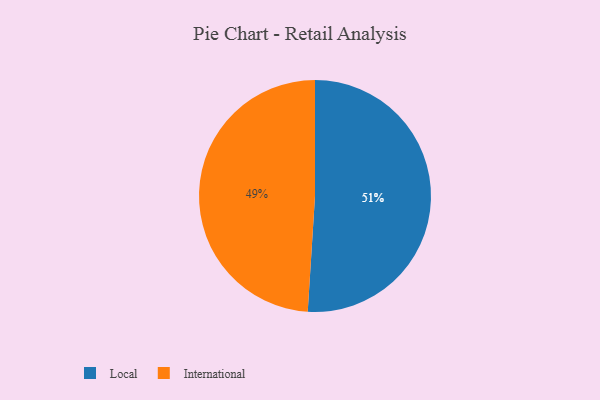
{"axis": {"x": "Category", "y": "Percentage"}, "legend": ["International", "Local"], "data": [{"x": "International", "y": 49, "type": "International"}, {"x": "Local", "y": 51, "type": "Local"}]}